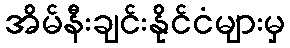
အိမ်နီးချင်းနိုင်ငံများမှ